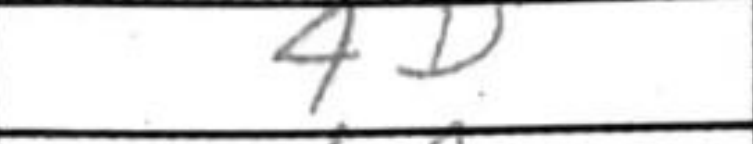
Transcription: 4d